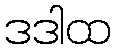
ဒဒါထ